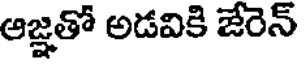
ఆజ్ఞతో అడవికి జేరెన్